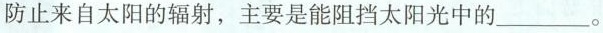
防止来自太阳的辐射，主要是能阻挡太阳光中的___。